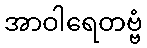
အာဝါရေတဗ္ဗံ